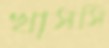
খাসসি